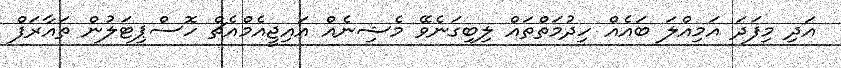
އަދި މިފަދަ އަމިއްލަ ބައެއް ހިދުމަތްތައް ލިބިގަނެވޭ މެޝިނެއް އައިޖީއެމްއެޗް ހޮސްޕިޓަލުން ތައާރަފް